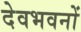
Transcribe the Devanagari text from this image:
देवभवनों